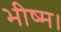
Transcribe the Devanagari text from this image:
भीष्म।